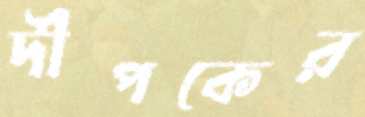
দীপকের